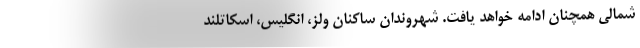
شمالی همچنان ادامه خواهد یافت. شهروندان ساکنان ولز، انگلیس، اسکاتلند